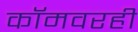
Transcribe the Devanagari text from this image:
कॉमवरही